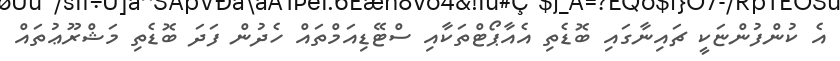
އެ ކުންފުންޏަކީ ޗައިނާގައި ބޮޑެތި އެއާޕޯޓްތަކާއި ސްޓޭޑިއަމްތައް ހެދުން ފަދަ ބޮޑެތި މަޝްރޫޢުތައް